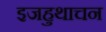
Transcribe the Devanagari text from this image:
इजहुथाचन